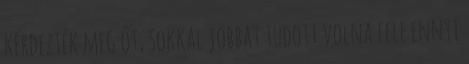
kérdezték meg őt, sokkal jobbat tudott volna fele ennyi